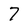
Character: 7